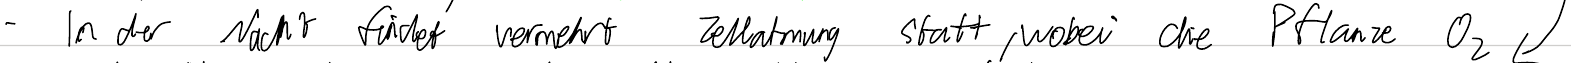
- In der Nacht findet vermehrt Zellatmung statt, wobei die Pflanze O2